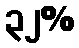
၃၂%